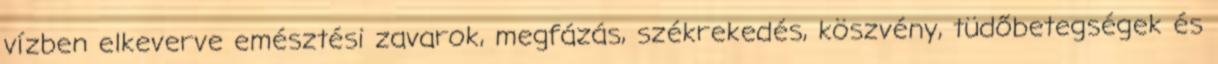
vízben elkeverve emésztési zavarok, megfázás, székrekedés, köszvény, tüdőbetegségek és